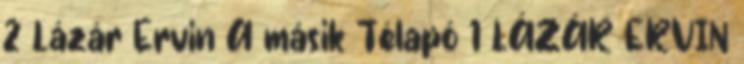
2 Lázár Ervin A másik Télapó 1 LÁZÁR ERVIN